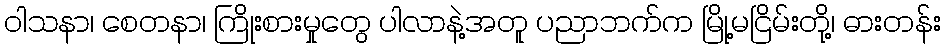
ဝါသနာ၊ စေတနာ၊ ကြိုးစားမှုတွေ ပါလာနဲ့အတူ ပညာဘက်က မြို့မငြိမ်းတို့၊ ဓားတန်း